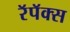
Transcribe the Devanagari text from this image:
रॅपॅक्स